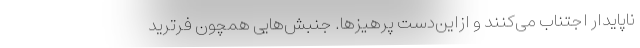
ناپایدار اجتناب می‌کنند و ازاین‌دست پرهیزها. جنبش‌هایی همچون فرترید